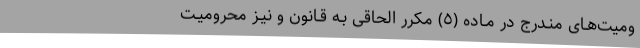
ومیت‌هـای منـدرج در مـاده (٥) مکرر الحاقی بـه قـانون و نیـز محرومیـت